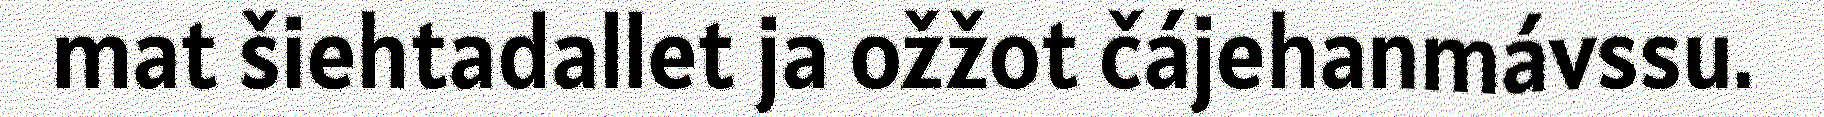
mat šiehtadallet ja ožžot čájehanmávssu.